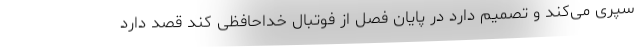
سپری می‌کند و تصمیم دارد در پایان فصل از فوتبال خداحافظی کند قصد دارد